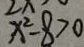
x ^ { 2 } - 8 > 0